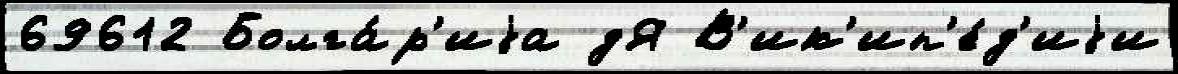
69612 Болга́р'иjа дЯ В'ик'ип'е́д'иjи